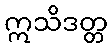
ဣသိဒတ္တ